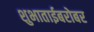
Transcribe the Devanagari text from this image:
शुभाताईबरोबर